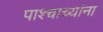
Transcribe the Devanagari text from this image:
पाश्चाच्यांना